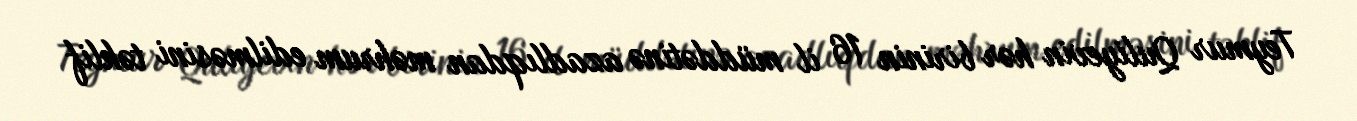
Teymur Quliyevin hər birinin 16 il müddətinə azadlıqdan məhrum edilməsini təklif